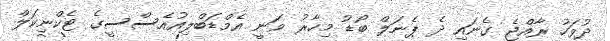
ދުވަހު ރާއްޖެ ގެނައި ދެ ޕެނަލް ބޯޑު މިހާރު ވަނީ އެމްޑަބްލިއުއެސްސީގެ ޓެކްނިކަލް